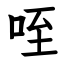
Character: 咥